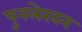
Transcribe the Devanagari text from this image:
पुनलेखन